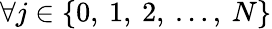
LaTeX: \forall j\in\{ 0,\: 1,\: 2,\: \dots,\: N\}